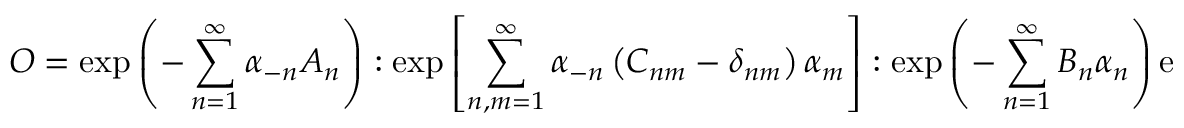
{ \cal O } = \exp \left( - \sum _ { n = 1 } ^ { \infty } \alpha _ { - n } A _ { n } \right) : \exp \left[ \sum _ { n , m = 1 } ^ { \infty } \alpha _ { - n } \left( C _ { n m } - \delta _ { n m } \right) \alpha _ { m } \right] : \exp \left( - \sum _ { n = 1 } ^ { \infty } B _ { n } \alpha _ { n } \right) \mathrm { e } ^ { - \phi }